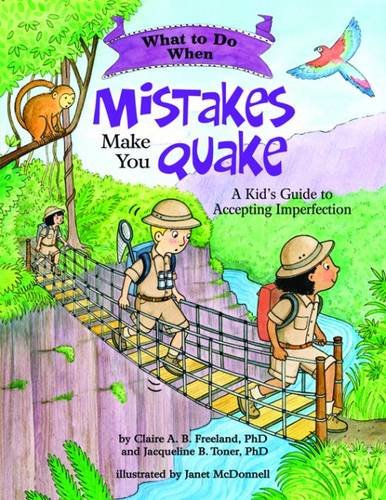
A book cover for What to Do When Mistakes Make You Quake: A Kid's Guide to Accepting Imperfection (What-to-Do Guides for Kids); Claire A.B. Freeland and Jacquelline B. Toner; Health, Fitness & Dieting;